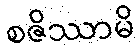
စဇိဿာမိ